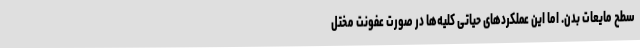
سطح مایعات بدن. اما این عملکرد‌های حیاتی کلیه‌ها در صورت عفونت مختل